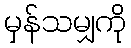
မှန်သမျှကို